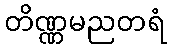
တိဏ္ဏမညတရံ